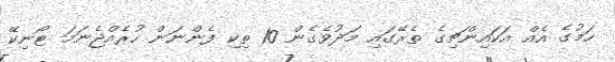
ހަމުގެ އެއް އަކައިންޗިގެ ތެރޭގައި މަދުވެގެން 10 ތިކި ފެންނަން ހުރެއްޖެނަމަ ޓޯނިކޭ